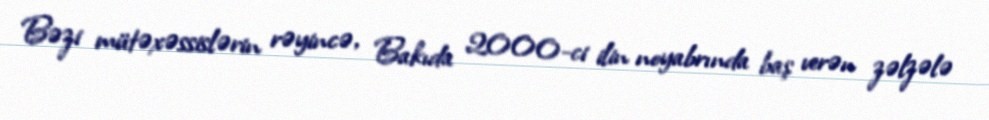
Bəzi mütəxəssislərin rəyincə, Bakıda 2000-ci ilin noyabrında baş verən zəlzələ